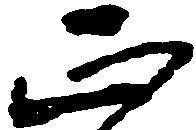
正